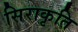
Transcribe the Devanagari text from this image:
सिराकृति